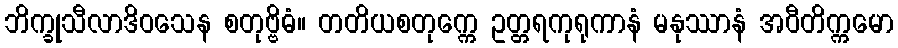
ဘိက္ခုသီလာဒိဝသေန စတုဗ္ဗိဓံ။ တတိယစတုက္ကေ ဥတ္တရကုရုကာနံ မနုဿာနံ အဝီတိက္ကမော